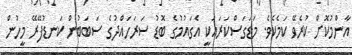
އާންމުކޮށް ކުރެވޭ ކަމެކެވެ. މަޑަގަސްކަރައަކީ އެގައުމުގެ ބޮޑު ސަރަހައްދުގެ ސަބަބުން ކަނޑުފޭރޭ މީހުން